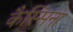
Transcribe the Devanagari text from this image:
कैस्सिना